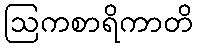
ဩကစာရိကာတိ